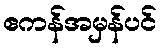
ဧကန်အမှန်ပင်